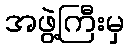
အဖွဲ့ကြီးမှ